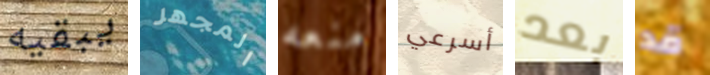
يبقيه المجهر منعه أسرعي بعد قد